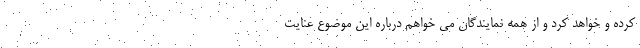
کرده و خواهد کرد و از همه نمایندگان می خواهم درباره این موضوع عنایت